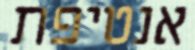
אנטיפת